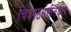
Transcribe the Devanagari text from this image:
चित्रपटसंगीतकार